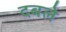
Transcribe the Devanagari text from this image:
दबले